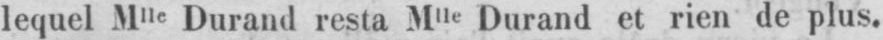
lequel Mlle Durand resta Mlle Durand et rien de plus.